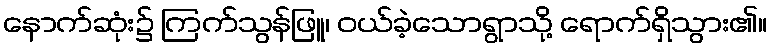
နောက်ဆုံး၌ ကြက်သွန်ဖြူ၊ ဝယ်ခဲ့သောရွာသို့ ရောက်ရှိသွား၏။